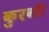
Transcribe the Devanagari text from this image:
कुरकी